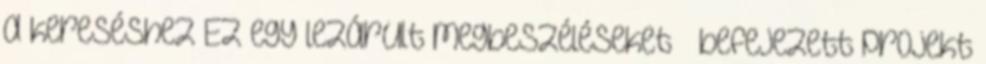
a kereséshez Ez egy lezárult megbeszéléseket befejezett projekt